Problem: 25 + 32 = ?
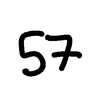
Handwritten answer: 57